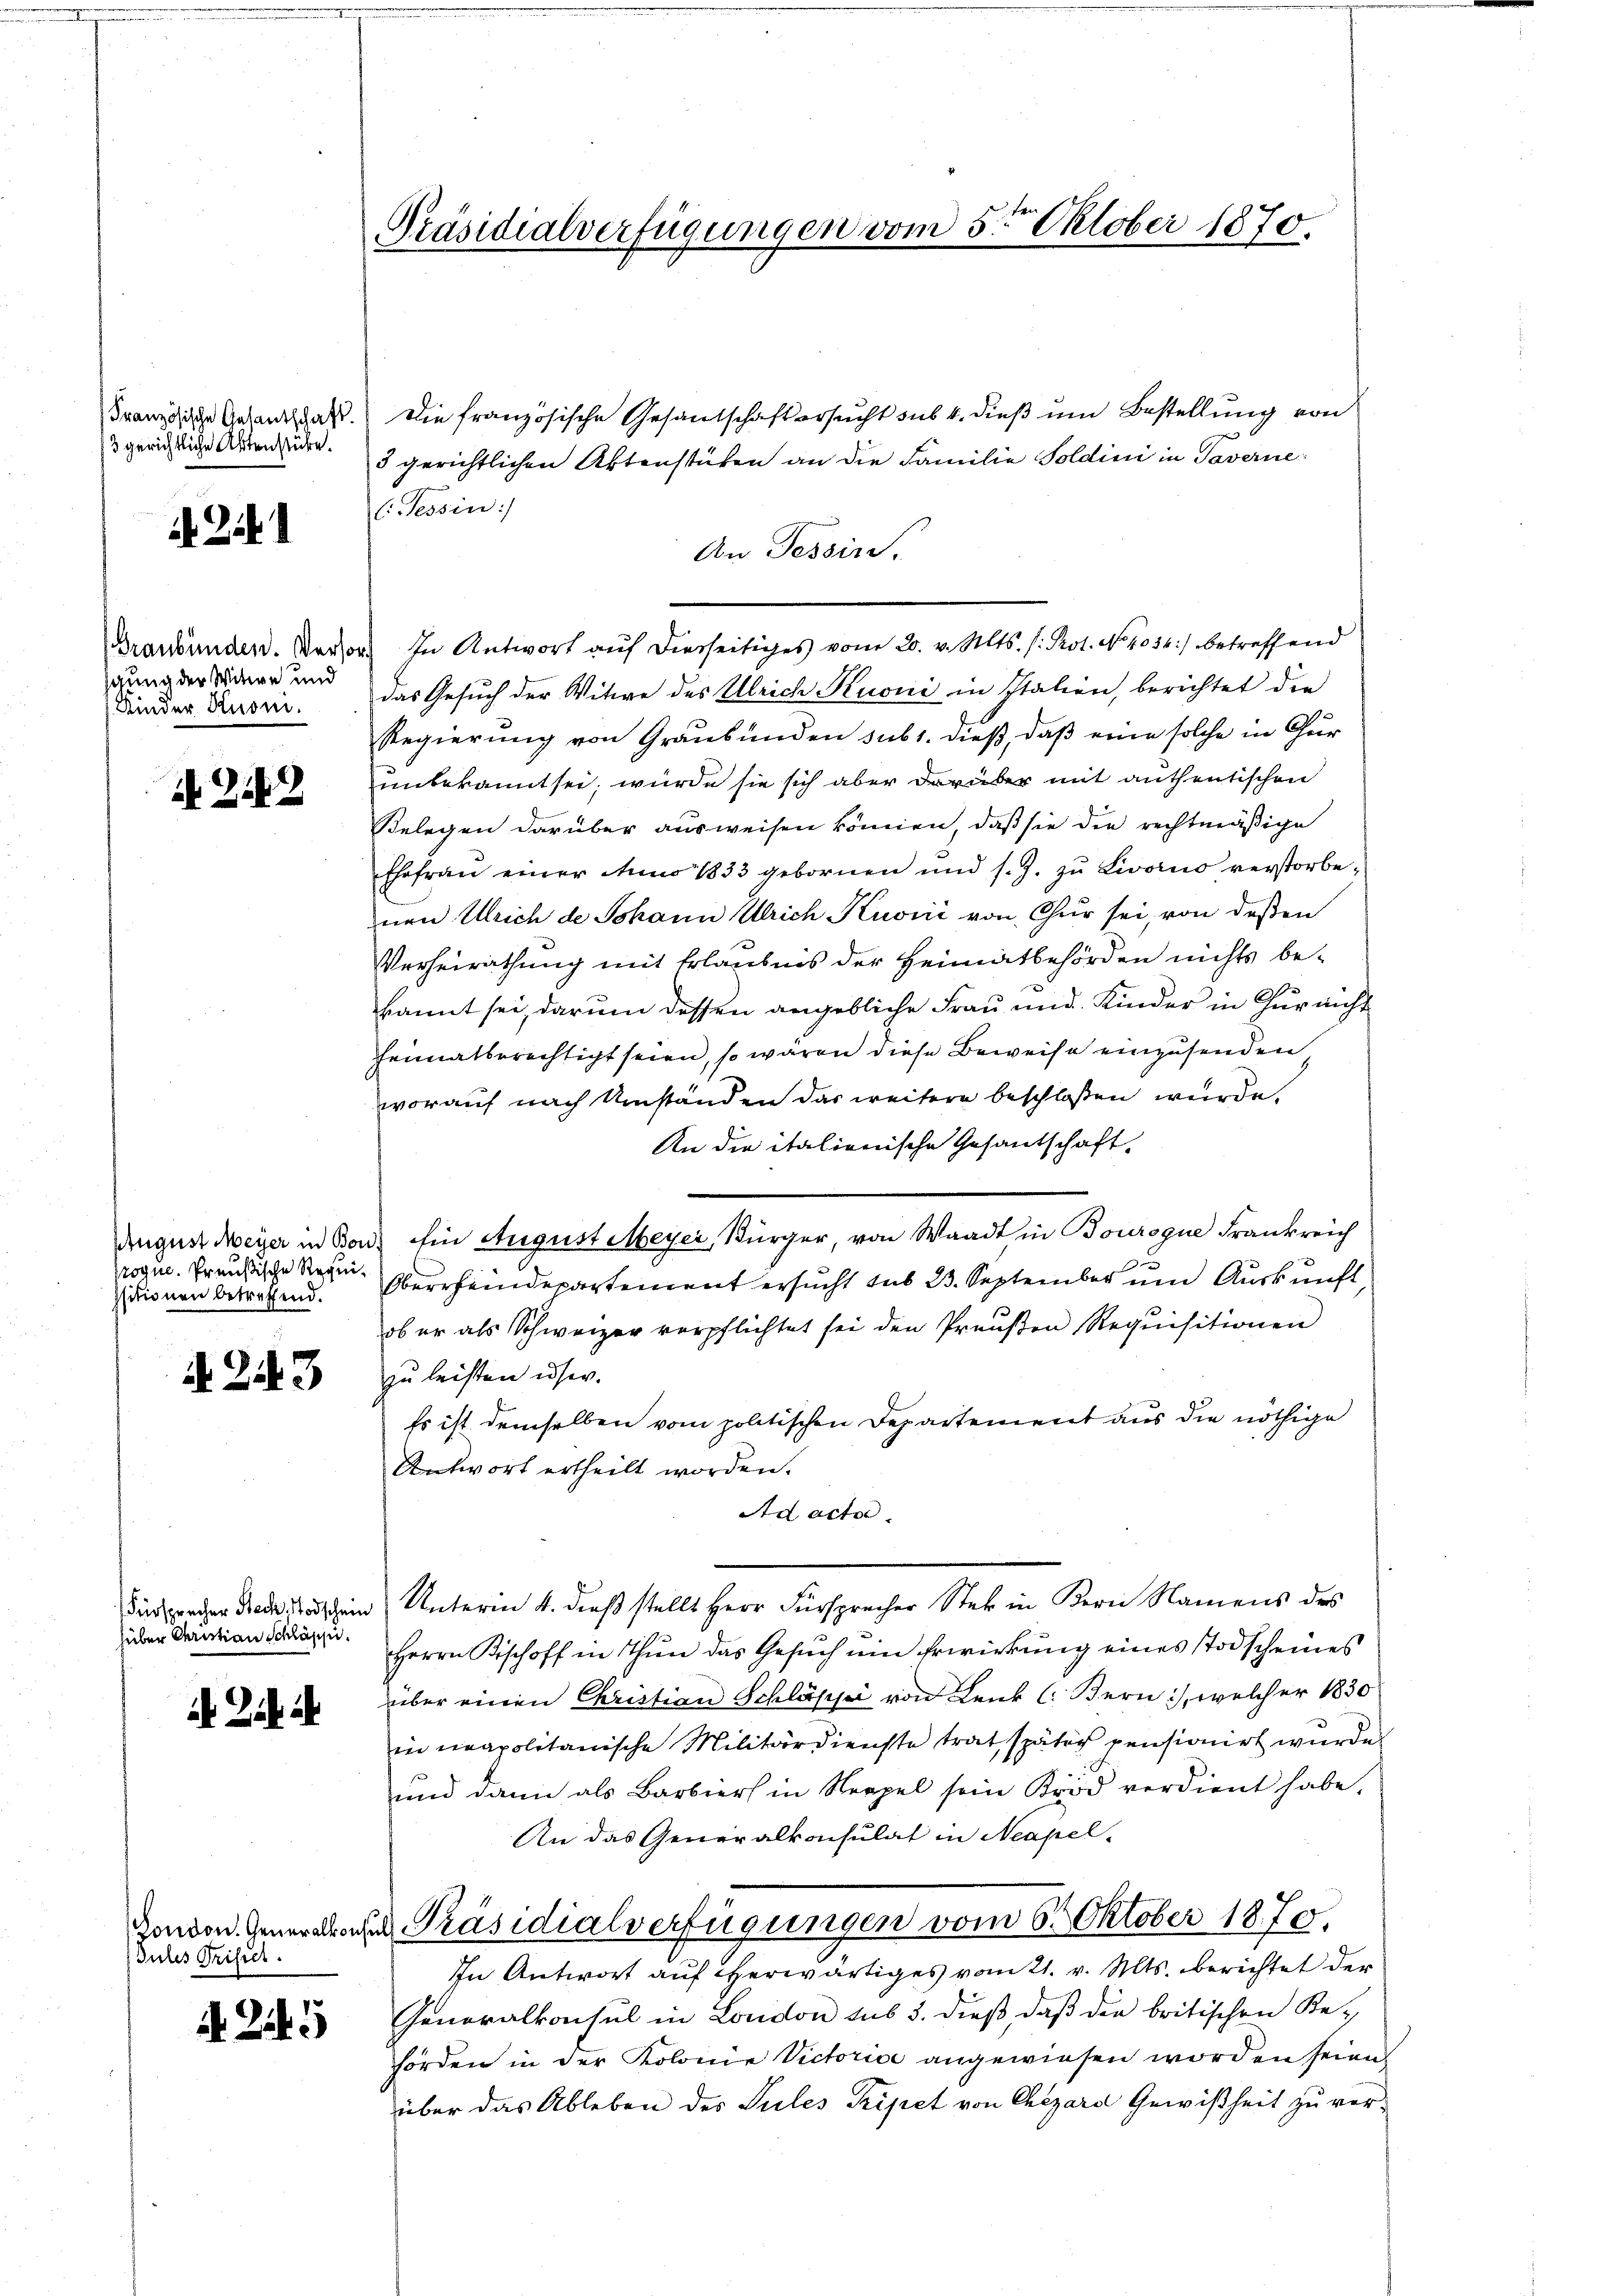
Französische Gesantschaft.
13 gerichtliche Aktenstücke.

2

Graubünden. Versorgung der Witwe und
Kinder Rusm.

N 2142

August Meyer in Bon
Proque. Preußische Requi¬
Isitionen betreffend.

. 243

Fürsprecher Beck. Hodschein
über Christian Schlässi

London. Generalkont
Jules Trifiel.

A Zif.

Präsidialverfügungen vom 5ten Oktober 1870.

Die französische Gesantschaftersucht sub 4. dieß um Bestellung von
3 gerichtlichen Aktenstüken an die Familie Soldini in Taverne
l: Tessin:
An Tessin.
In Antwort auf dierseitiges vom 20. v. Mts. (: Prot. No. 4036) betreffend
das Gesuch der Witwe des Ulrich Kuoni in Italien, berichtet die
Regierung von Graubünden sub 1. dieß, daß eine solche in Chur
unbekannt sei, würde sie sich aber darüber mit anthentischen
Belegen darüber ausweisen können, daß sie die rechtmäßige
Ehefrau einer Ao 1833 gebornen und s. Z. zŭ Livorno verstorbenen Ulrich de Johann Ulrich Kuoni von Chur sei, von deßen
Verheirathung mit Erlaubnis der Heimatbehörden nichts bekannt sei, darum dessen angebliche Frau und Kinder in Chur nicht
heimatberechtigt seien, so wären diese Beweise einzusenden
worauf nach Umständen das weitere beschlossen wurde,
An die italienische Gesandschaft
"Ein August Meyer, Bürger, von Waadt in Bouroque Frankreich
Oberrheindepartement ersucht sub 23. September um Auskunft
ob er als Schweizer verpflichtet sei den Preußen Requisitionen
zu leisten user.
Es ist demselben vom politischen Departement aus die nöthige
Antwort ertheilt worden.
Ad acta.
Unterm 4. dieß stellt Herr Fürsprecher Stek in Bern Namens des
Herrn Bischoff in Thun das Gesuch um Erwirkung eines Todscheines
über einen Christian Schlässe von Lenk (Bern, welcher 1830
in neapolitanische Militärdienste trat, später pensionirt wurde.
und dann als Barbiers in Neapel sein Brod verdient habe.
An das Generalkonsulat in Neapel-
D. Präsidialverfügungen vom 6. Oktober 1870.
In Antwort auf erwärtiges vom 21. v. Mts. berichtet der
Generalkonsul in London sub 3. dieß, daß die britischen Rehörden in der Kolonie Victorise angewiesen worden seien,
über das Ableben des Sules Tripet von Chezara Gewißheit zu ver¬